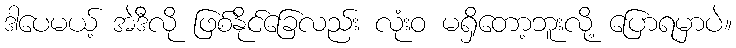
ဒါပေမယ့် အဲဒီလို ဖြစ်နိုင်ခြေလည်း လုံးဝ မရှိတော့ဘူးလို့ ပြောရမှာပဲ။